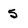
Character: 5